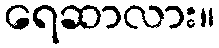
ရေဆာလား။